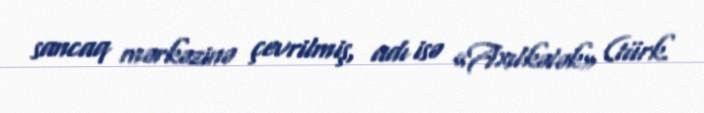
sancaq mərkəzinə çevrilmiş, adı isə «Axılkələk» (türk.